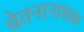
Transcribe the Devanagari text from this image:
चेतनानाशक